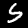
Label: 5